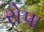
રોપા